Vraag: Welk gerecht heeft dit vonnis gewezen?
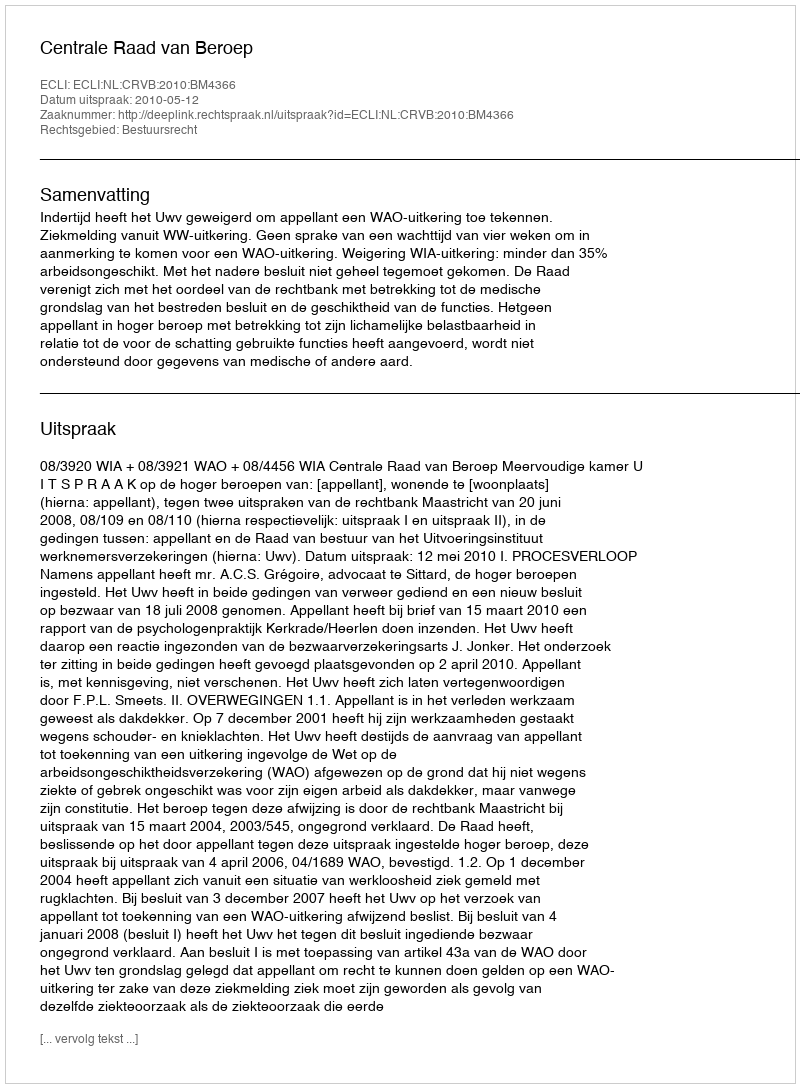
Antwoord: Centrale Raad van Beroep